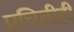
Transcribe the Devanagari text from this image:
प्रचितीही